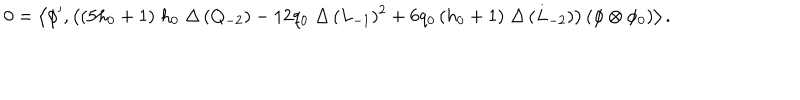
LaTeX: 0 = \left\langle \phi ^ { \prime } , \left( ( 5 h _ { 0 } + 1 ) \; h _ { 0 } \; \Delta \, ( Q _ { - 2 } ) - 1 2 q _ { 0 } \; \Delta \, ( L _ { - 1 } ) ^ { 2 } + 6 q _ { 0 } \, ( h _ { 0 } + 1 ) \; \Delta \, ( L _ { - 2 } ) \right) \left( \phi \otimes \phi _ { 0 } \right) \right\rangle .